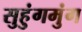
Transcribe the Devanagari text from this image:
सुहुंगमुंग